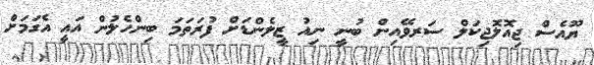
ޔޫއެސް ޖިއޮލޮޖިކަލް ސަރވޭއިން ބުނީ ނިއު ޒީލެންޑަށް ފުރަތަމަ ބިންހެލުން އައީ އެގަމަށް